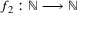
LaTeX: f _ { 2 } : \mathbb { N } \longrightarrow \mathbb { N }